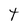
Character: T